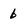
Character: b